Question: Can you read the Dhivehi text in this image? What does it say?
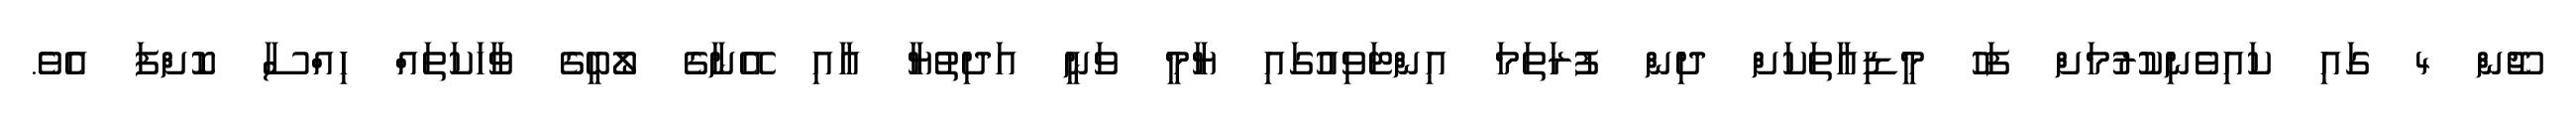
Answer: ޖޫން 4 ގައި ކައިވެނިކުރުމަށް ފަހު މީޑިއާތަކަށް ދިން ފުރަތަމަ އިންޓަވިއުގައި ޔާމީ ވަނީ އަދިތުޔާ އާއި އޭނާގެ ލޯބީގެ ވާހަކަތައް ހިއްސާ ކޮށްފަ އެވެ.